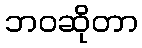
ဘဝဆိုတာ